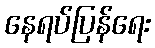
နေရပ်ပြန်ရေး